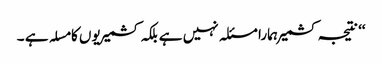
‘‘ نتیجہ کشمیر ہمارا مسئلہ نہیں ہے بلکہ کشمیریوں کا مسلہ ہے ۔